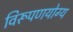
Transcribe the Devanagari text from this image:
विरूपणयोग्य